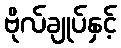
ဗိုလ်ချုပ်နှင့်